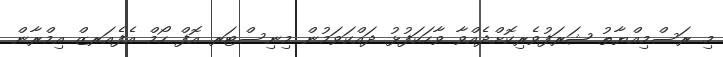
މި ރަސްމިއްޔާތު ޝަރަފުވެރިކޮށްދެއްވާ ވާހަކަފުޅު ދައްކަވަމުން މިނިސްޓަރ އޮފް ހޯމް އެފެއަރޒް އިމްރާން